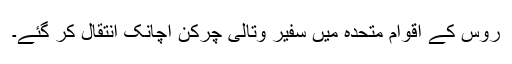
روس کے اقوام متحدہ میں سفیر وتالی چرکِن اچانک انتقال کر گئے۔